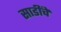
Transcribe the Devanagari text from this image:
साडींचे